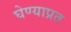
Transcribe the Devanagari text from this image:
घेण्याप्रत